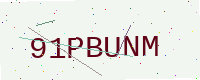
Text: 91PBUNM